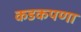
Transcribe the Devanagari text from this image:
कडकपणा